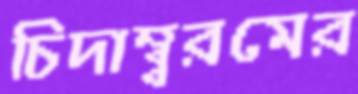
চিদাম্ব্বরমের